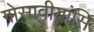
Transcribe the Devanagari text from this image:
गोसावीयांसि